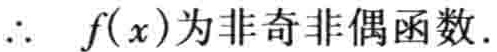
\(\therefore f(x)\text{为非奇非偶函数}.\)